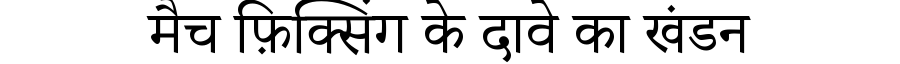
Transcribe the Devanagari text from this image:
मैच फ़िक्सिंग के दावे का खंडन